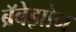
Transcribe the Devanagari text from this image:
ब्रॅबेझोन